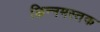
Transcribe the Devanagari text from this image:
छिन्नमस्तक